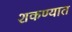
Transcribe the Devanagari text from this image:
शकण्यात